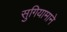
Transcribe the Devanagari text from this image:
सुगियामाने